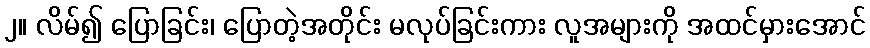
၂။ လိမ်၍ ပြောခြင်း၊ ပြောတဲ့အတိုင်း မလုပ်ခြင်းကား လူအများကို အထင်မှားအောင်